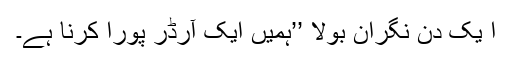
ا یک دن نگران بولا ’’ہمیں ایک آرڈر پورا کرنا ہے۔